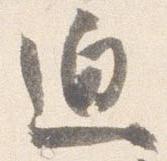
迫